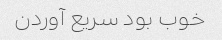
خوب بود سریع آوردن